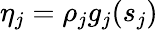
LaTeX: \eta_{j}=\rho_{j}g_{j}(s_{j})